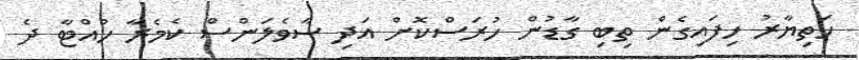
ހަތިޔާރު ހިފައިގެން ތިބި ގާޑުން ހުރަސްކޮށް އަދި ސާވެލަންސް ކެމެރާ ހުއްޓާ ދެ